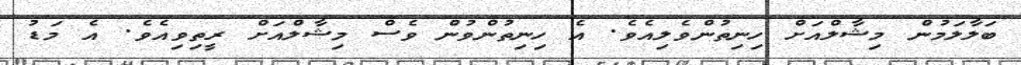
ބަލާލަމުން މިޝާލްއަށް ހިނިތުންވެލިއެވެ. އެ ހިނިތުންވުން ވެސް މިޝާލްއަށް ރީތިވިއެވެ. އެ މަޑު